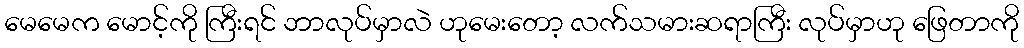
မေမေက မောင့်ကို ကြီးရင် ဘာလုပ်မှာလဲ ဟုမေးတော့ လက်သမားဆရာကြီး လုပ်မှာဟု ဖြေတာကို